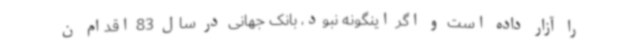
را آزار داده است و اگر اینگونه نبود، بانک جهانی در سال 83 اقدام ن